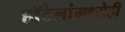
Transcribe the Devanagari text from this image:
हॉटेलांमध्येही